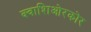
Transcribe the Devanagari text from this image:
क्वाशिओरकोर